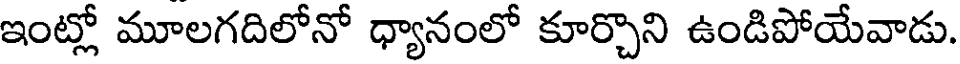
ఇంట్లో మూలగదిలోనో ధ్యానంలో కూర్చొని ఉండిపోయేవాడు.